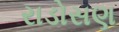
રાડોસણ